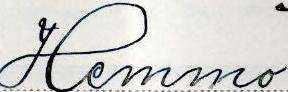
Hemmo